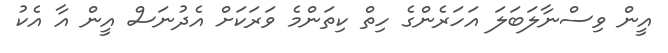
އީން ވިސްނާލަބަލަ އަހަރެންގެ ހިތް ކިތަންމެ ވަރަކަށް އެދުނަސް އީން އާ އެކު